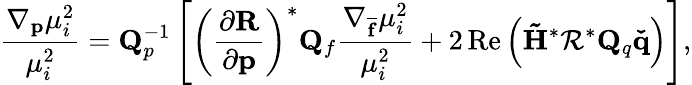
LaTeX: \frac{\nabla_{\mathbf{p}}\mu_{i}^{2}}{\mu_{i}^{2}}=\mathbf{Q}_{p}^{-1}\left[\left(\frac{\partial\mathbf{R}}{\partial\mathbf{p}}\right)^{*}\mathbf{Q}_{f}\frac{\nabla_{\mathbf{\overline{{f}}}}\mu_{i}^{2}}{\mu_{i}^{2}}+2\operatorname{Re}\left(\mathbf{\tilde{H}}^{*}\mathbf{\mathcal{R}}^{*}\mathbf{Q}_{q}\mathbf{\check{q}}\right)\right],